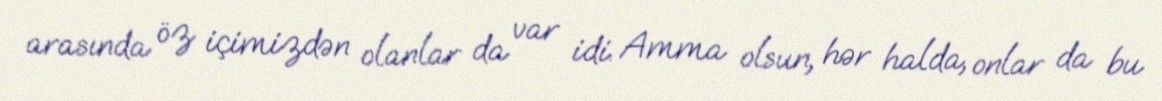
arasında öz içimizdən olanlar da var idi. Amma olsun, hər halda, onlar da bu